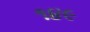
૧૪૯